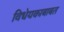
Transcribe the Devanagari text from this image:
विधेयकाबाबत